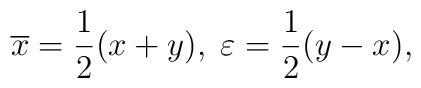
\overline{x}=\frac 12(x+y),\;\varepsilon =\frac 12(y-x),